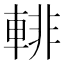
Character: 輫